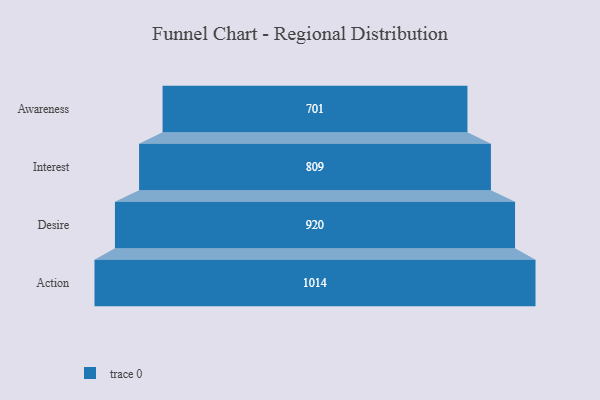
{"axis": {"x": "Stage", "y": "Value"}, "legend": [""], "data": [{"x": "Awareness", "y": 701.0, "type": ""}, {"x": "Interest", "y": 809.0, "type": ""}, {"x": "Desire", "y": 920.0, "type": ""}, {"x": "Action", "y": 1014.0, "type": ""}]}